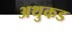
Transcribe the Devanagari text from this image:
अथुकड